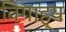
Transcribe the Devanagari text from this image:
विगाह्य